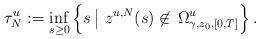
LaTeX: \begin{align*} \tau^{u}_N := \inf_{s \ge 0} \Big\{s\,\big|~z^{u,N}(s) \not\in\, \Omega^u_{\gamma, z_0, [0,T]}\Big\}\,. \end{align*}